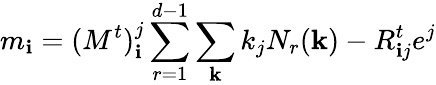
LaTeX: m_{\mathbf{i}}=(M^{t})_{\mathbf{i}}^{j}\sum_{r=1}^{d-1}\sum_{\mathbf{k}}k_{j}N_{r}({\mathbf{k}})-R_{\mathbf{i}j}^{t}e^{j}